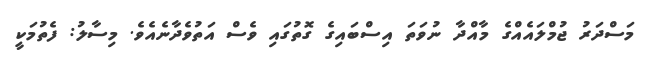
މަސްދަރު ޖުމްލައެއްގެ މާއްދާ ނުވަތަ އިސްބައިގެ ގޮތުގައި ވެސް އަތުވެދާނެއެވެ. މިސާލު: ފެތުމަކީ